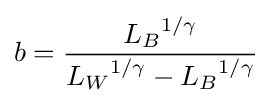
b={\frac {{L_{B}}^{1/\gamma }}{{L_{W}}^{1/\gamma }-{L_{B}}^{1/\gamma }}}